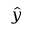
\hat { y }